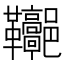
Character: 𩎏